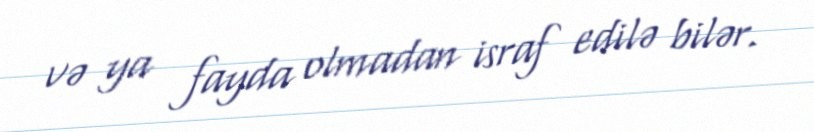
və ya fayda olmadan israf edilə bilər.